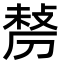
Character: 𠞲